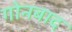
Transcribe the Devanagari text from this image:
गोनबाद